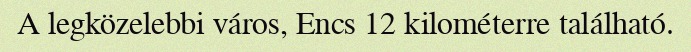
A legközelebbi város, Encs 12 kilométerre található.